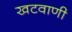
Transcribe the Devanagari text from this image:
खटवाणी